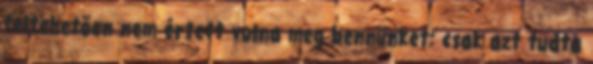
feltehetően nem értett volna meg bennünket: csak azt tudta